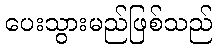
ပေးသွားမည်ဖြစ်သည်